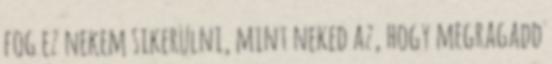
fog ez nekem sikerülni, mint neked az, hogy megragadd